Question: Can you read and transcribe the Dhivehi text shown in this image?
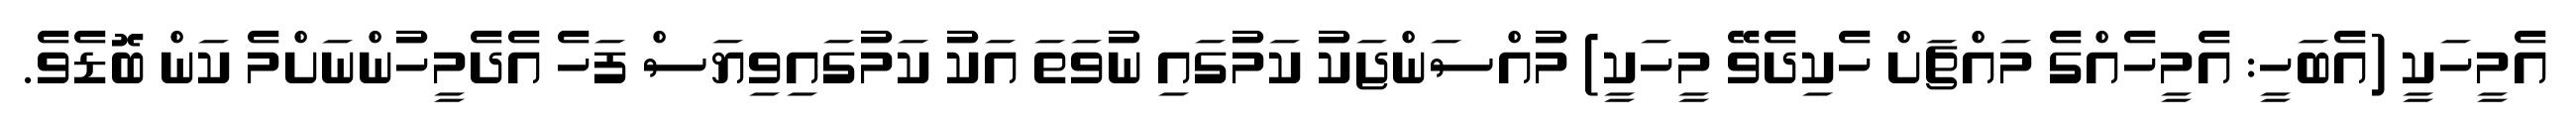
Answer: އެމީހަކީ (އެބަހީ: އެމީހެއްގެ މައްޗަށް ހެކިދެވޭ މީހަކީ) މުއްސަންޖަކު ކަމުގައި ނުވަތަ އަކު ކަމުގައިވިޔަސް ފަހެ އެދެމީހުންނަށްމެ ކަން ބޮޑެވެ.